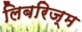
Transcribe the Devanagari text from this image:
लिबरिज्म